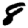
Digit: 8